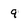
Character: 9